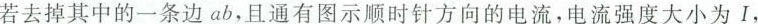
若去掉其中的一条边ab，且通有图示顺时针方向的电流，电流强度大小为I，